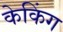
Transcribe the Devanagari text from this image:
केकिंग